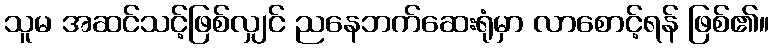
သူမ အဆင်သင့်ဖြစ်လျှင် ညနေဘက်ဆေးရုံမှာ လာစောင့်ရန် ဖြစ်၏။